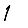
Digit: 1